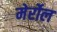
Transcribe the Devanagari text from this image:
मेर्रोल